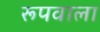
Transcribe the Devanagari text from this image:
रूपवाला